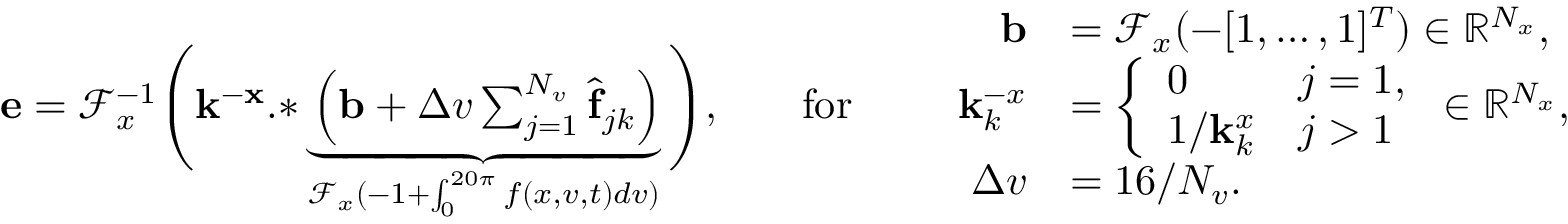
\begin{array} { r l r l r } { \mathbf { e } = \mathcal { F } _ { x } ^ { - 1 } \Bigg ( \mathbf { k ^ { - x } } \mathrm { . * } \underbrace { \left( \mathbf { b } + \Delta v \sum _ { j = 1 } ^ { N _ { v } } \widehat { \mathbf { f } } _ { j k } \right) } _ { \mathcal { F } _ { x } ( - 1 + \int _ { 0 } ^ { 2 0 \pi } f ( x , v , t ) d v ) } \Bigg ) , } & { } & { \mathrm { f o r } } & { } & { \begin{array} { r l } { \mathbf { b } } & { = \mathcal { F } _ { x } ( - [ 1 , \ldots , 1 ] ^ { T } ) \in \mathbb { R } ^ { N _ { x } } , } \\ { \mathbf { k } _ { k } ^ { - x } } & { = \left\{ \begin{array} { l l } { 0 } & { j = 1 , } \\ { 1 / \mathbf { k } _ { k } ^ { x } } & { j > 1 } \end{array} \right. \in \mathbb { R } ^ { N _ { x } } , } \\ { \Delta v } & { = 1 6 / N _ { v } . } \end{array} } \end{array}